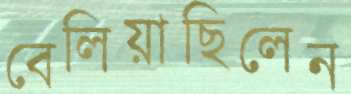
বেলিয়াছিলেন